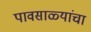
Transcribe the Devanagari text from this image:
पावसाळ्यांचा